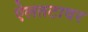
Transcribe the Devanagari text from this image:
ऐलतटावर